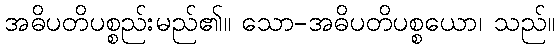
အဓိပတိပစ္စည်းမည်၏။ သော-အဓိပတိပစ္စယော၊ သည်။